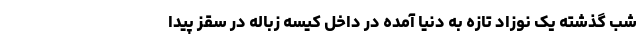
شب گذشته یک نوزاد تازه به دنیا آمده در داخل کیسه زباله در سقز پیدا